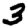
Digit: 3